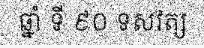
ឆ្នាំ ទី ៩០ ទសវត្ស